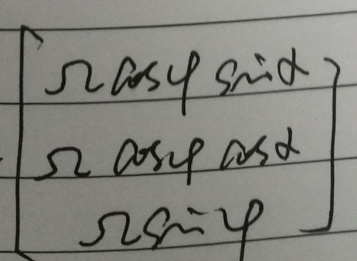
\[
\begin{bmatrix}
\Omega\cos\varphi\sin\theta \\
\Omega\cos\varphi\cos\theta \\
\Omega\sin\varphi
\end{bmatrix}
\]